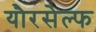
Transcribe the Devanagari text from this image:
यौरसेल्फ